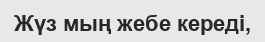
Жүз мың жебе кереді,